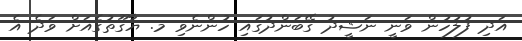
އަދި ފުލުހުން ވަނީ ނަޝީދު ގޭބަންދުގައި ހުންނެވި މ. ޔާގޫތުގެއަށް ވަދެ އެ